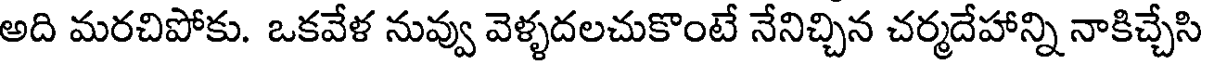
అది మరచిపోకు. ఒకవేళ నువ్వు వెళ్ళదలచుకొంటే నేనిచ్చిన చర్మదేహాన్ని నాకిచ్చేసి